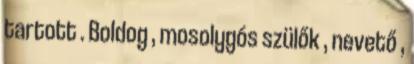
tartott . Boldog , mosolygós szülők , nevető ,